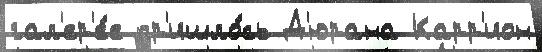
гал'ер'е́е пр'ишло́сь Д'юрана Карр'ион